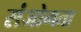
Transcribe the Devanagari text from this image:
संजोगता